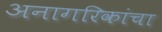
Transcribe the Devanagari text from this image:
अनागरिकांचा